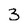
Character: 3